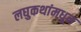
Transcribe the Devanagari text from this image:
लघुकथांमधून